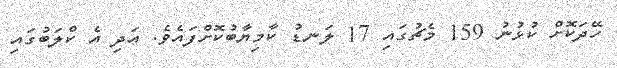
ހޭދަކޮށް ކުޅުނު 159 މެޗުގައި 17 ލަނޑު ކާމިޔާބުކޮށްފައެވެ. އަދި އެ ކްލަބުގައި